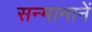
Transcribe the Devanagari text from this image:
सन्मानानें